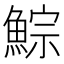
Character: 鯮